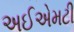
અઈએમટી